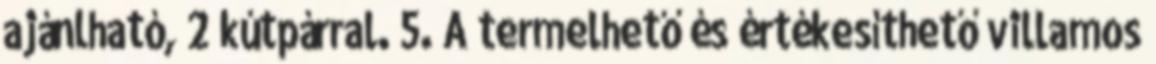
ajánlható, 2 kútpárral. 5. A termelhető és értékesíthető villamos